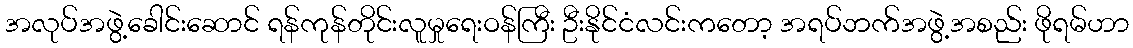
အလုပ်အဖွဲ့ခေါင်းဆောင် ရန်ကုန်တိုင်းလူမှုရေးဝန်ကြီး ဦးနိုင်ငံလင်းကတော့ အရပ်ဘက်အဖွဲ့အစည်း ဖိုရမ်ဟာ